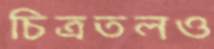
চিত্রতলও